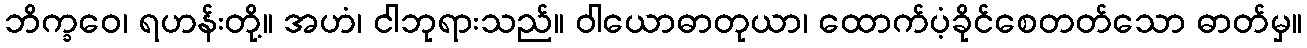
ဘိက္ခဝေ၊ ရဟန်းတို့။ အဟံ၊ ငါဘုရားသည်။ ဝါယောဓာတုယာ၊ ထောက်ပံ့ခိုင်စေတတ်သော ဓာတ်မှ။